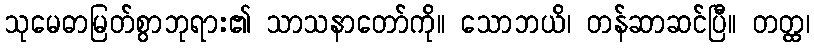
သုမေဓာမြတ်စွာဘုရား၏ သာသနာတော်ကို။ သောဘယိ၊ တန်ဆာဆင်ပြီ။ တတ္ထ၊